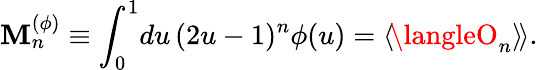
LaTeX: \mathbf{M}_{n}^{(\phi)}\equiv\int_{0}^{1}\! du\, (2u-1)^{n}\phi(u)=\langle\! \langleO_{n}\rangle\! \rangle.